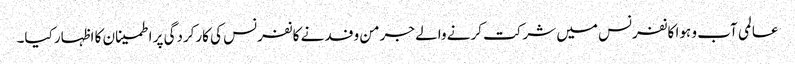
عالمی آب و ہوا کانفرنس میں شرکت کرنے والے جرمن وفد نے کانفرنس کی کارکردگی پر اطمینان کا اظہار کیا۔